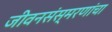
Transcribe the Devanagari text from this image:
जीवनसंस्मरणांचा